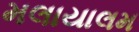
મલાયાલમ